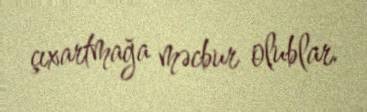
çıxartmağa məcbur olublar.